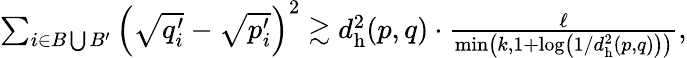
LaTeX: \begin{array}{r}{\sum_{i\in B\bigcup B^{\prime}}\left(\sqrt{q_{i}^{\prime}}-\sqrt{p_{i}^{\prime}}\right)^{2}\gtrsim d_{\mathrm{h}}^{2}(p,q)\cdot\frac{\ell}{\operatorname*{min}\left(k,1+\log\left(1/d_{\mathrm{h}}^{2}(p,q)\right)\right)},}\end{array}